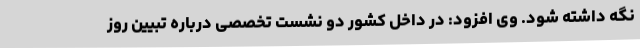
نگه داشته شود. وی افزود: در داخل کشور دو نشست تخصصی درباره تبیین روز